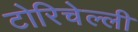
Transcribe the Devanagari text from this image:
टोरिचेल्ली